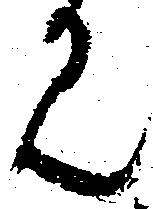
見